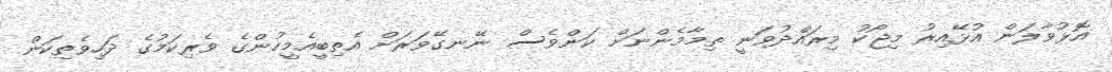
އޮޅުވާލަން އުޅޭއިރު މިޖޯކު މިރައްދުވަނީ ތިމާމެންނަށް ކަންވެސް ނޭނގޭވަރަށް އެތިބީއެމީހުންގެ ވެރިކަމުގެ ދަހިވެތިކަން